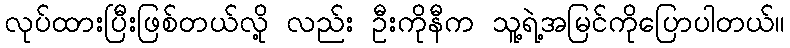
လုပ်ထားပြီးဖြစ်တယ်လို့ လည်း ဦးကိုနီက သူ့ရဲ့အမြင်ကိုပြောပါတယ်။